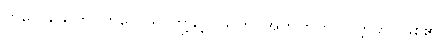
ကိလေသေဟိ၊ ကိလေသာတို့နှင့်။ သဟ၊ အတူတကွ။ ဝတ္တတိ၊ ဖြစ်၏။